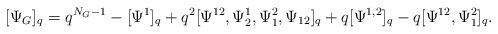
LaTeX: \begin{align*}[\Psi_G]_q=q^{N_G-1}-[\Psi^1]_q+ q^2 [\Psi^{12},\Psi^1_2,\Psi^2_1,\Psi_{12}]_q+q [\Psi^{1,2}]_q- q[\Psi^{12},\Psi^2_1]_q.\end{align*}